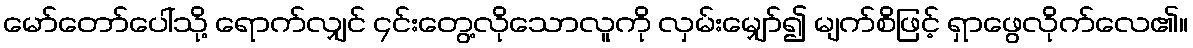
မော်တော်ပေါ်သို့ ရောက်လျှင် ၄င်းတွေ့လိုသောလူကို လှမ်းမျှော်၍ မျက်စိဖြင့် ရှာဖွေလိုက်လေ၏။